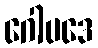
ဂေါပဒေ